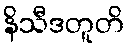
နိသီဒတူတိ